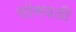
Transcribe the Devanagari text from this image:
सोमवडी